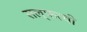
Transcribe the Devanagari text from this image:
सल्फरची